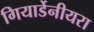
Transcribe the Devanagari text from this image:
गियार्डेनीयरा